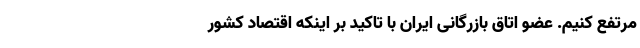
مرتفع کنیم. عضو اتاق بازرگانی ایران با تاکید بر اینکه اقتصاد کشور